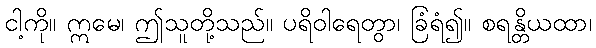
ငါ့ကို။ ဣမေ၊ ဤသူတို့သည်။ ပရိဝါရေတွာ၊ ခြံရံ၍။ စရန္တိယထာ၊